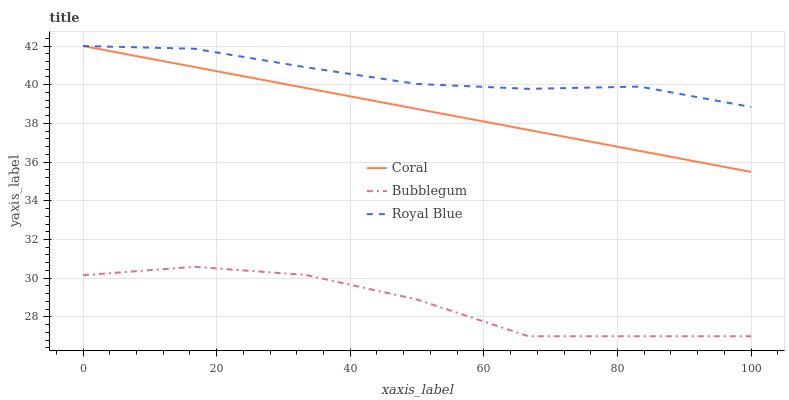
| xaxis_label | Coral | Bubblegum | Royal Blue |
 | --- | --- | --- | --- |
 | 0 | 42 | 30.2 | 42 |
 | 16.7 | 40.9 | 30.6 | 41.9 |
 | 33.3 | 39.8 | 30.2 | 40.9 |
 | 50 | 38.7 | 28.9 | 40 |
 | 66.7 | 37.7 | 27 | 39.8 |
 | 83.3 | 36.6 | 27 | 39.9 |
 | 100 | 35.5 | 27 | 38.8 |